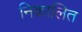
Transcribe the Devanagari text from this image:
निकालित